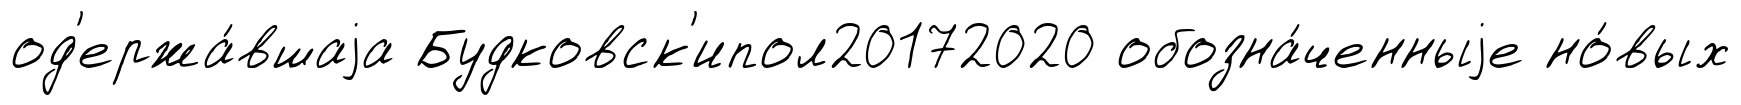
од'ержа́вшаjа Будковск'ипол20172020 обозна́ченныjе но́вых